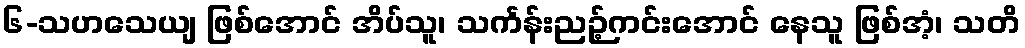
၆-သဟသေယျ ဖြစ်အောင် အိပ်သူ၊ သင်္ကန်းညဉ့်ကင်းအောင် နေသူ ဖြစ်အံ့၊ သတိ